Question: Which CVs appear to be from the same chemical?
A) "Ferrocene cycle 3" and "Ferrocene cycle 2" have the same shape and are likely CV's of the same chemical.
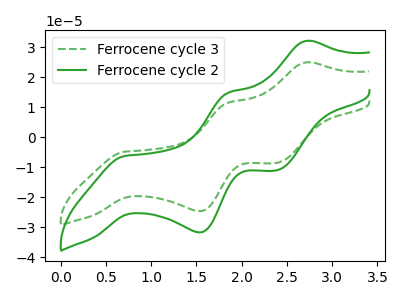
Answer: <think>The green dashed curve "Ferrocene cycle 3" has anodic peaks at (2.70V, 24.95uA) (1.85V, 11.50uA) and cathodic peaks at (0.70V, -4.85uA) (1.55V, -24.65uA) (2.40V, -8.60uA). The green curve "Ferrocene cycle 2" has anodic peaks at (2.70V, 32.10uA) (1.85V, 14.80uA) and cathodic peaks at (0.70V, -6.25uA) (1.55V, -31.75uA) (2.40V, -11.05uA).
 All the peaks in "Ferrocene cycle 3" have a peak in "Ferrocene cycle 2" at the same potential. Every peak in "Ferrocene cycle 3" is lower than every peak in "Ferrocene cycle 2".</think>
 <answer>A) "Ferrocene cycle 3" and "Ferrocene cycle 2" have the same shape and are likely CV's of the same chemical.</answer>
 <eval>A</eval>